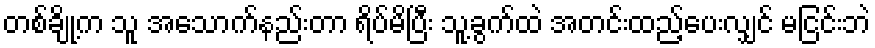
တစ်ချို့က သူ အသောက်နည်းတာ ရိပ်မိပြီး သူ့ခွက်ထဲ အတင်းထည့်ပေးလျှင် မငြင်းဘဲ